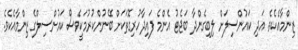
ޒިންމާއެކެވެ. އަދި ކައުންސިލަށް ލިބިގެންދާ ބަޖެޓު އެންމެ ފައިދާހުރިގޮތަކަށް ބޭނުންކުރުމަކީވެސް ކައުންސިލްގެ ޒިންމާއެކެވެ.